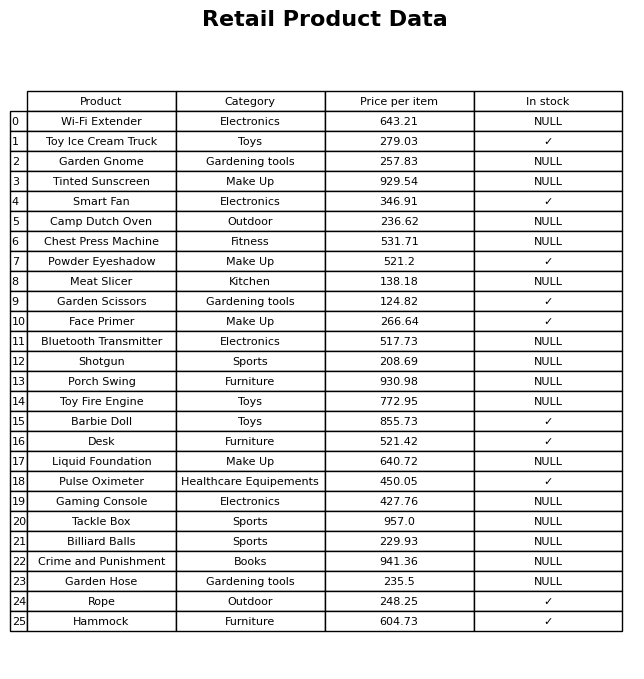
question: Which products are available in stock?
answer: Toy Ice Cream Truck, Smart Fan, Powder Eyeshadow, Garden Scissors, Face Primer, Barbie Doll, Desk, Pulse Oximeter, Rope, Hammock